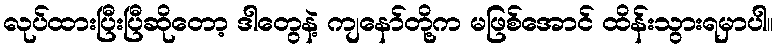
လုပ်ထားပြီးပြီဆိုတော့ ဒါတွေနဲ့ ကျနော်တို့က မဖြစ်အောင် ထိန်းသွားရမှာပါ။